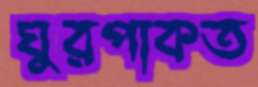
ঘুরপাকত